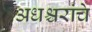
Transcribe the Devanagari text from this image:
अधश्चरांचे